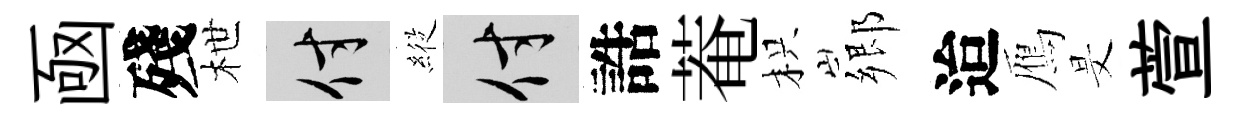
凾殘枻付𦂵付誥菴枳郷迨鴈旻萱